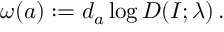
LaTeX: \omega ( a ) : = d _ { a } \log D ( I ; \lambda ) \, .